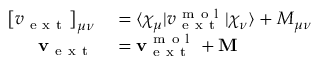
\begin{array} { r l } { \left[ v _ { \mathrm { ~ e ~ x ~ t ~ } } \right] _ { \mu \nu } } & { { } = \langle \chi _ { \mu } | v _ { \mathrm { ~ e ~ x ~ t ~ } } ^ { \mathrm { ~ m ~ o ~ l ~ } } | \chi _ { \nu } \rangle + M _ { \mu \nu } } \\ { \mathbf { v } _ { \mathrm { ~ e ~ x ~ t ~ } } } & { { } = \mathbf { v } _ { \mathrm { ~ e ~ x ~ t ~ } } ^ { \mathrm { ~ m ~ o ~ l ~ } } + \mathbf { M } } \end{array}